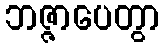
ဘဇ္ဇာပေတွာ